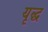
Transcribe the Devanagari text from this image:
यृद्ध